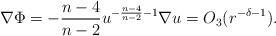
LaTeX: \begin{align*}\nabla\Phi=-\frac{n-4}{n-2}u^{-\frac{n-4}{n-2}-1}\nabla u=O_3(r^{-\delta-1}).\end{align*}